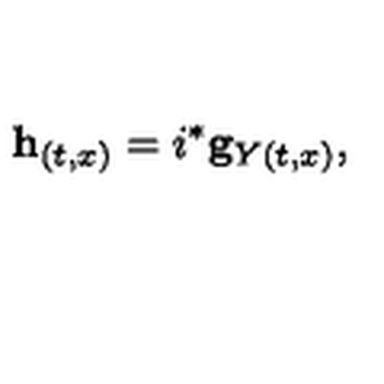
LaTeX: { } { \bf h } _ { ( t , x ) } = i ^ { * } { \bf g } _ { Y ( t , x ) } ,